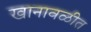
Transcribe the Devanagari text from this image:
खानावळीत